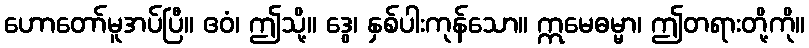
ဟောတော်မူအပ်ပြီ။ ဧဝံ၊ ဤသို့။ ဒွေ၊ နှစ်ပါးကုန်သော။ ဣမေဓမ္မာ၊ ဤတရားတို့ကို။